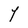
Character: Y